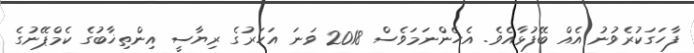
ފާހަގަކުރެވުނު އެއް ބޭފުޅާއެވެ. އެހެންނަމަވެސް 2018 ވަނަ އަހަރުގެ ރިޔާސީ އިންތިޚާބުގެ ކެމްޕޭނުގެ